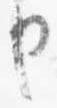
申